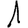
Digit: 1